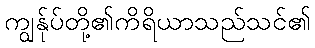
ကျွန်ုပ်တို့၏ကိရိယာသည်သင်၏